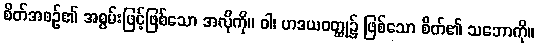
စိတ်အစဉ်၏ အစွမ်းဖြင့်ဖြစ်သော အလိုကို။ ဝါ၊ ဟဒယဝတ္ထု၌ ဖြစ်သော စိတ်၏ သဘောကို။